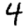
Digit: 4